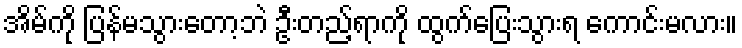
အိမ်ကို ပြန်မသွားတော့ဘဲ ဦးတည့်ရာကို ထွက်ပြေးသွားရ ကောင်းမလား။